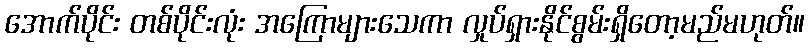
အောက်ပိုင်း တစ်ပိုင်းလုံး အကြောများသေကာ လှုပ်ရှားနိုင်စွမ်းရှိတော့မည်မဟုတ်။